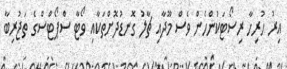
އިރު ހުރިހާ ރިސޯޓަކުންހެން ވެސް މޫދާއި ޗާލު ގޮނޑުދޮށްތަކާއި ވޯޓާ ސްޕޯޓްސްގެ ތަޖުރިބާ